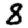
Digit: 8